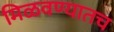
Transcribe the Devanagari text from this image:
मिळवण्यातच